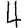
Digit: 4